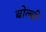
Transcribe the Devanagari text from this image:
बोल्बी